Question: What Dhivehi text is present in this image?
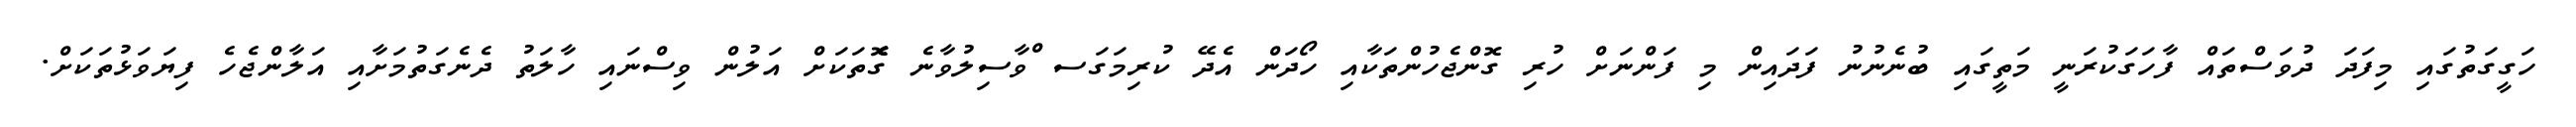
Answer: ހަގީގަތުގައި މިފަދަ ދުވަސްތައް ފާހަގަކުރަނީ މަތީގައި ބުނެނުނު ފަދައިން މި ފަންނަށް ހުރި ގޮންޖެހުންތަކާއި ހޯދަން އެދޭ ކުރިމަގަސ ްވާސިލުވާނެ ގެޮތަކަށް އަލުން ވިސްނައި ހާލަތު ދެނެގަތުމަށާއި އަލާންޖެހެ ފިޔަވަޅުތަކަށް.